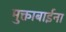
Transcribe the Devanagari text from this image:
मुक्ताबाईना